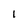
Character: I